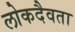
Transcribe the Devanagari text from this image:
लोकदैवता